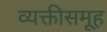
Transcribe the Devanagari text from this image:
व्यक्तीसमूह